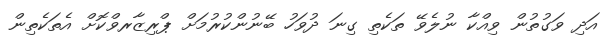
އަދި ވަގުތުން ވިއްކާ ނުލެވޭ ތަކެތި ގިނަ ދުވަހު ބޭނުންކުރުމަށް ޕްރިޒާރވްކޮށް އެތަކެތިން